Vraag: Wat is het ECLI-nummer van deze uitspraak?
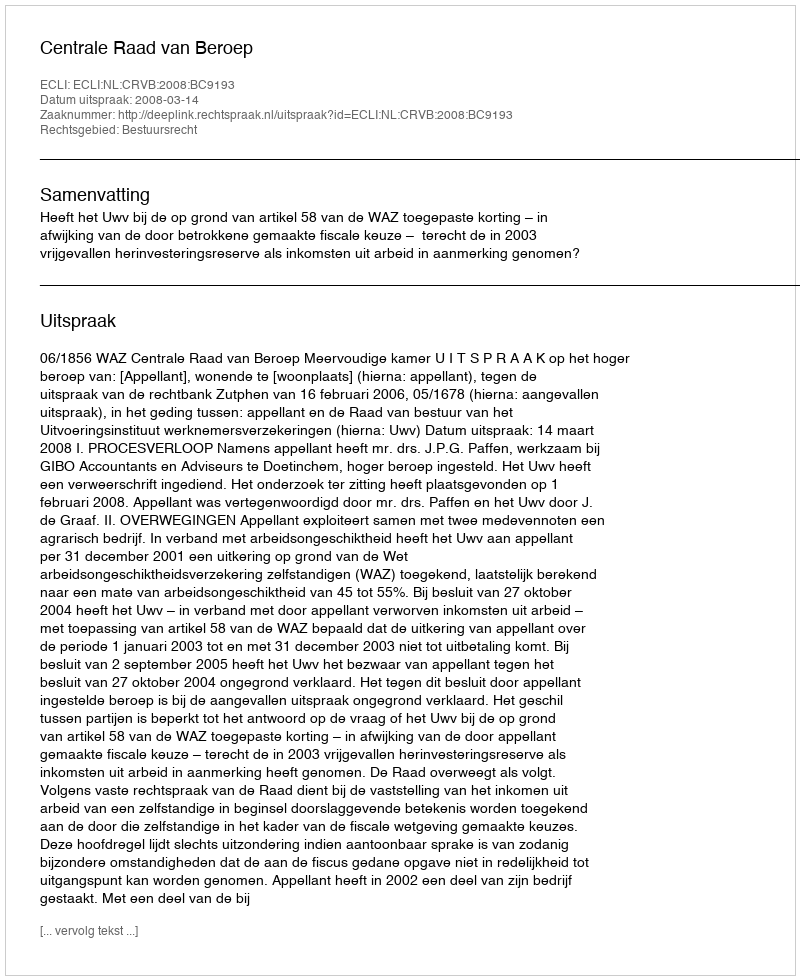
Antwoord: ECLI:NL:CRVB:2008:BC9193